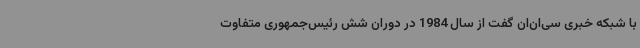
با شبکه خبری سی‌ان‌ان گفت از سال 1984 در دوران شش رئیس‌جمهوری متفاوت